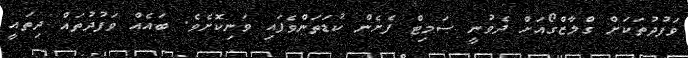
ވަފުދުތަކަށް ގްލާޒްގޯއަށް ދެވުނީ ސަމިޓް ފެށެން ކުޑަތަންވެފައި ވަނިކޮށެވެ. ބައެއް ވަފުދުތައް ދިތައީ